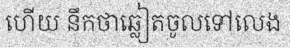
ហើយ នឹកថាឆ្លៀតចូលទៅលេង